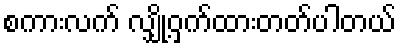
စကားလက် လျှို့ဝှက်ထားတတ်ပါတယ်